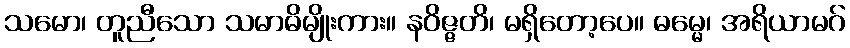
သမော၊ တူညီသော သမာဓိမျိုးကား။ နဝိဇ္ဇတိ၊ မရှိတော့ပေ။ ဓမ္မေ၊ အရိယာမဂ်